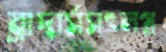
ব্রাদার্সসংলগ্ন